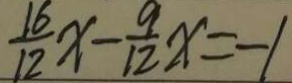
\frac { 1 6 } { 1 2 } x - \frac { 9 } { 1 2 } x = - 1